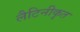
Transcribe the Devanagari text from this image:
लैटिनीकृत